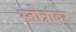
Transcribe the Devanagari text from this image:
स्तोत्रांवर